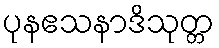
ပုနဧသနာဒိသုတ္တ